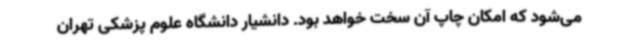
می‌شود که امکان چاپ آن سخت خواهد بود. دانشیار دانشگاه علوم پزشکی تهران